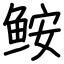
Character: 𩽾